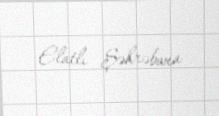
Elatlı Şəhrəbanu